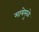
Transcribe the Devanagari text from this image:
मायेमुळे